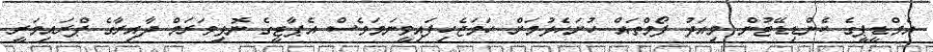
އެމްޑީޕީގެ ކެންޑިޑޭޓުން މިއަދު ފޯމްތައް ހުށަހެޅުމަށް ހަމަޖެހިފައިވީނަމަވެސް އެޕާޓީގެ ނޮޅިވަރަމް ދާއިރާގެ ޕްރައިމަރީ